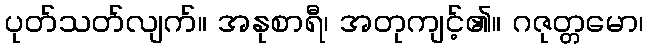
ပုတ်သတ်လျက်။ အနုစာရီ၊ အတုကျင့်၏။ ဂဇုတ္တမော၊